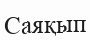
Саяқып